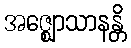
အဇ္ဈောသာနန္တိ